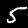
Digit: 5